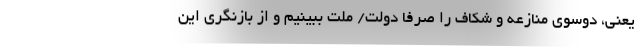
یعنی، دوسوی منازعه و شکاف را صرفا دولت/ ملت ببینیم و از بازنگری این